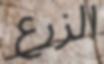
الزرع